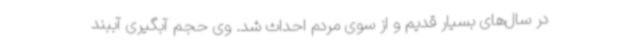
در سال‌های بسیار قدیم و از سوی مردم احداث شد. وی حجم آبگیری آببند